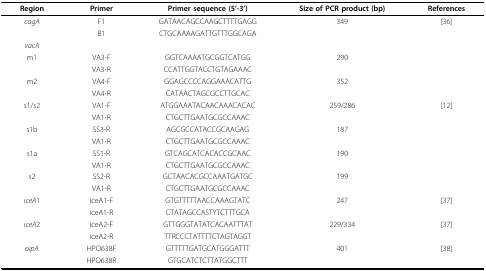
<table><thead><tr><td><b>Region</b></td><td><b>Primer</b></td><td><b>Primer sequence (5&#x27;-3&#x27;)</b></td><td><b>Size of PCR product (bp)</b></td><td><b>References</b></td></tr></thead><tbody><tr><td><i>cagA</i></td><td>F1</td><td>GATAACAGCCAAGCTTTTGAGG</td><td>349</td><td>[36]</td></tr><tr><td></td><td>B1</td><td>CTGCAAAAGATTGTTTGGCAGA</td><td></td><td></td></tr><tr><td><i>vacA</i></td><td></td><td></td><td></td><td></td></tr><tr><td>m1</td><td>VA3-F</td><td>GGTCAAAATGCGGTCATGG</td><td>290</td><td></td></tr><tr><td></td><td>VA3-R</td><td>CCATTGGTACCTGTAGAAAC</td><td></td><td></td></tr><tr><td>m2</td><td>VA4-F</td><td>GGAGCCCCAGGAAACATTG</td><td>352</td><td></td></tr><tr><td></td><td>VA4-R</td><td>CATAACTAGCGCCTTGCAC</td><td></td><td></td></tr><tr><td>s1/s2</td><td>VA1-F</td><td>ATGGAAATACAACAAACACAC</td><td>259/286</td><td>[12]</td></tr><tr><td></td><td>VA1-R</td><td>CTGCTTGAATGCGCCAAAC</td><td></td><td></td></tr><tr><td>s1b</td><td>SS3-R</td><td>AGCGCCATACCGCAAGAG</td><td>187</td><td></td></tr><tr><td></td><td>VA1-R</td><td>CTGCTTGAATGCGCCAAAC</td><td></td><td></td></tr><tr><td>s1a</td><td>SS1-R</td><td>GTCAGCATCACACCGCAAC</td><td>190</td><td></td></tr><tr><td></td><td>VA1-R</td><td>CTGCTTGAATGCGCCAAAC</td><td></td><td></td></tr><tr><td>s2</td><td>SS2-R</td><td>GCTAACACGCCAAATGATGC</td><td>199</td><td></td></tr><tr><td></td><td>VA1-R</td><td>CTGCTTGAATGCGCCAAAC</td><td></td><td></td></tr><tr><td><i>iceA</i>1</td><td>iceA1-F</td><td>GTGTTTTTAACCAAAGTATC</td><td>247</td><td>[37]</td></tr><tr><td></td><td>iceA1-R</td><td>CTATAGCCASTYTCTTTGCA</td><td></td><td></td></tr><tr><td><i>iceA</i>2</td><td>iceA2-F</td><td>GTTGGGTATATCACAATTTAT</td><td>229/334</td><td>[37]</td></tr><tr><td></td><td>iceA2-R</td><td>TTRCCCTATTTTCTAGTAGGT</td><td></td><td></td></tr><tr><td><i>oipA</i></td><td>HPO638F</td><td>GTTTTTGATGCATGGGATTT</td><td>401</td><td>[38]</td></tr><tr><td></td><td>HPO638R</td><td>GTGCATCTCTTATGGCTTT</td><td></td><td></td></tr></tbody></table>